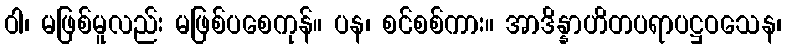
ဝါ၊ မဖြစ်မူလည်း မဖြစ်ပစေကုန်။ ပန၊ စင်စစ်ကား။ အာဒိန္နာဟိတပရာပဋ္ဌဝသေန၊